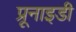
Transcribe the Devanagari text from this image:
प्रूनाइडी